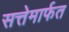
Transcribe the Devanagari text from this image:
सत्तेमार्फत